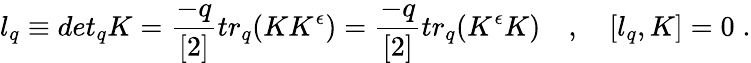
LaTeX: l_{q}\equiv det_{q}K=\frac{-q}{[2]}tr_{q}(KK^{\epsilon})=\frac{-q}{[2]}tr_{q}(K^{\epsilon}K)\quad,\quad[l_{q},K]=0\; .